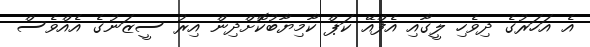
އެ އަހަރުގެ ދިވެހި ލީގާއި އެފްއޭ ކަޕް ކާމިޔާބުކޮށްދިން އިރު ސީޒަނުގެ އެއްވެސް